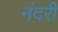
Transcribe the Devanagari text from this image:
नंदरी